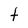
Character: t